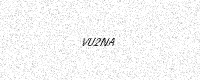
Text: VU2NA